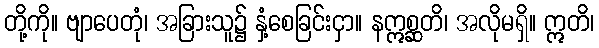
တို့ကို။ ဗျာပေတုံ၊ အခြားသူ၌ နှံ့စေခြင်းငှာ။ နဣစ္ဆတိ၊ အလိုမရှိ။ ဣတိ၊